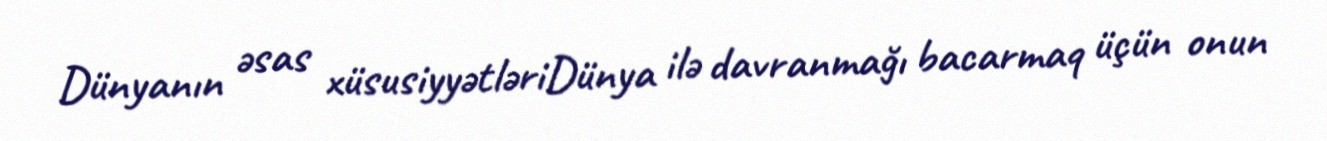
Dünyanın əsas xüsusiyyətləriDünya ilə davranmağı bacarmaq üçün onun